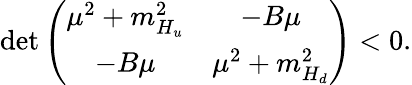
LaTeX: \mathrm{det}\left(\begin{array}{cc}{{\mu^{2}+m_{H_{u}}^{2}}}&{{-B\mu}}\\ {{-B\mu}}&{{\mu^{2}+m_{H_{d}}^{2}}}\end{array}\right)<0.